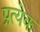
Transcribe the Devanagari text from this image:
प्रत्येेक